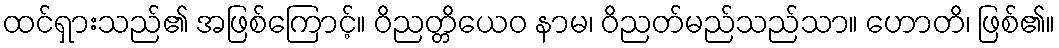
ထင်ရှားသည်၏ အဖြစ်ကြောင့်။ ဝိညတ္တိယေဝ နာမ၊ ဝိညတ်မည်သည်သာ။ ဟောတိ၊ ဖြစ်၏။